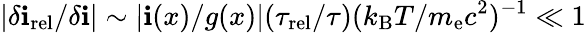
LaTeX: |\delta\mathbf{i}_{\mathrm{{rel}}}/\delta\mathbf{i}|\sim|\mathbf{i}(x)/g(x)|(\tau_{\mathrm{{rel}}}/\tau)(k_{\mathrm{{B}}}T/m_{\mathrm{{e}}}c^{2})^{-1}\ll1